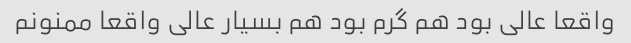
واقعا عالی بود هم گرم بود هم بسیار عالی واقعا ممنونم